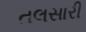
તલસારી